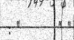
: "       " "